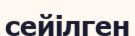
сейілген